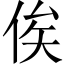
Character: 俟